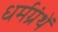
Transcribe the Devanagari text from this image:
धर्मग्रंथें